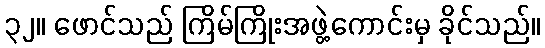
၃၂။ ဖောင်သည် ကြိမ်ကြိုးအဖွဲ့ကောင်းမှ ခိုင်သည်။